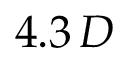
4 . 3 \, D